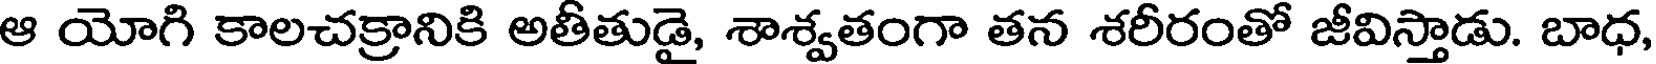
ఆ యోగి కాలచక్రానికి అతీతుడై, శాశ్వతంగా తన శరీరంతో జీవిస్తాడు. బాధ,